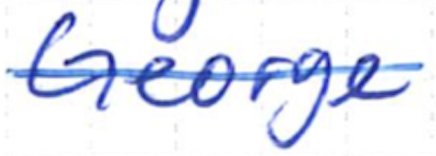
Text: George
Cross-out: single-line
Writing tool: ballpoint